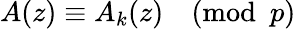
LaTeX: A(z)\equiv A_{k}(z){\pmod{p}}